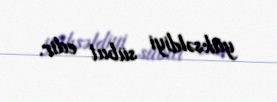
yüksəldiyi sübut edir.